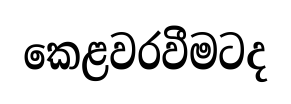
කෙළවරවීමටද